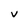
Character: V